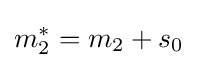
m_{2}^{*}=m_{2}+s_{0}